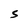
Character: S